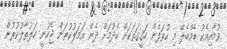
ވުމާއިއެކު ޑެމްބެލޭ މި ހުވަފެން ހަގީގަތަކަށް ހެދުމަށް ދެން އަމަލުކުރަން ޖެހުނީ ހަލުތާލުކުރުން